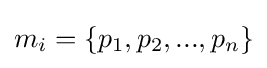
m_{i}=\{p_{1},p_{2},...,p_{n}\}